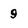
Character: 9